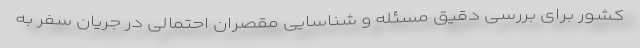
کشور برای بررسی دقیق مسئله و شناسایی مقصران احتمالی در جریان سفر به